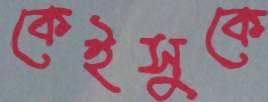
কেইসুকে